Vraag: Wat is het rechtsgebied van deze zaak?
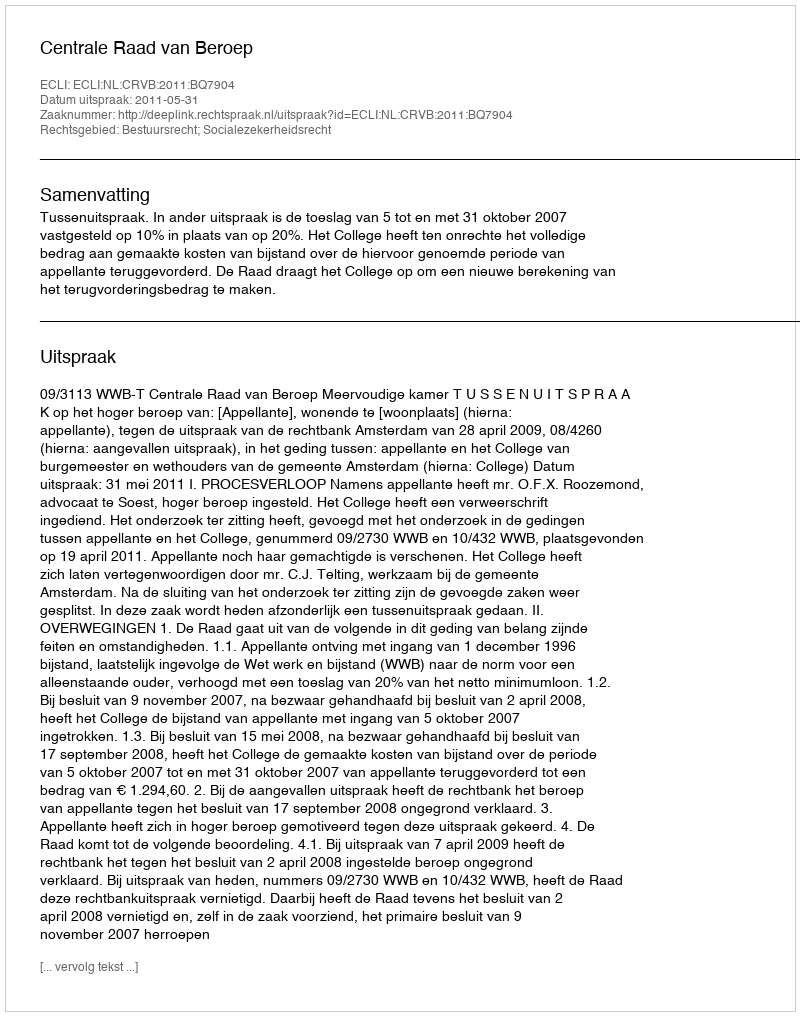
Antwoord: Bestuursrecht; Socialezekerheidsrecht